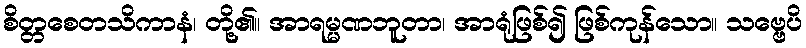
စိတ္တစေတသိကာနံ၊ တို့၏။ အာရမ္မဏဘူတာ၊ အာရုံဖြစ်၍ ဖြစ်ကုန်သော။ သဗ္ဗေပိ